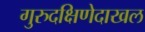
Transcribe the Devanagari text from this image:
गुरुदक्षिणेदाखल